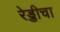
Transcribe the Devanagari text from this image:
रेड्डीचा